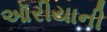
ઑરીયાની